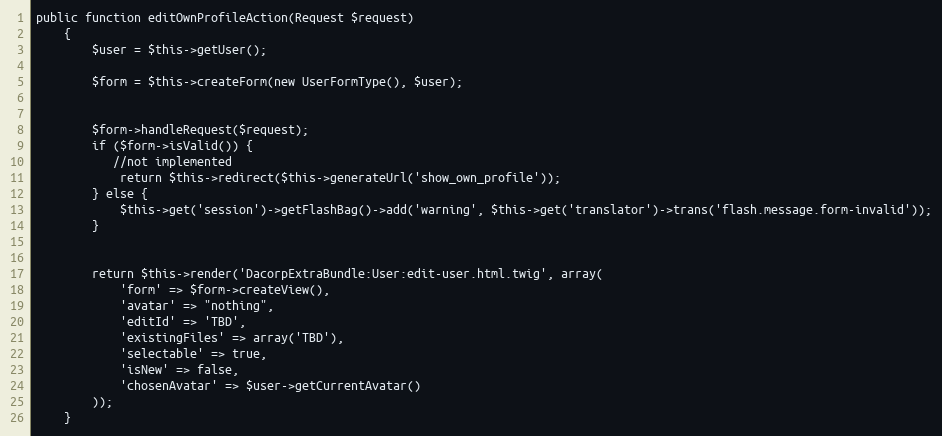
Language: PHP
public function editOwnProfileAction(Request $request)
    {
        $user = $this->getUser();

        $form = $this->createForm(new UserFormType(), $user);

        $form->handleRequest($request);
        if ($form->isValid()) {
           //not implemented
            return $this->redirect($this->generateUrl('show_own_profile'));
        } else {
            $this->get('session')->getFlashBag()->add('warning', $this->get('translator')->trans('flash.message.form-invalid'));
        }

        return $this->render('DacorpExtraBundle:User:edit-user.html.twig', array(
            'form' => $form->createView(),
            'avatar' => "nothing",
            'editId' => 'TBD',
            'existingFiles' => array('TBD'),
            'selectable' => true,
            'isNew' => false,
            'chosenAvatar' => $user->getCurrentAvatar()
        ));
    }